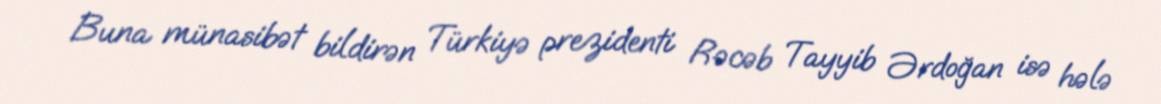
Buna münasibət bildirən Türkiyə prezidenti Rəcəb Tayyib Ərdoğan isə hələ